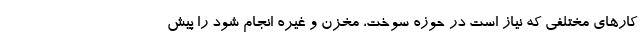
کارهای مختلفی که نیاز است در حوزه سوخت، مخزن و غیره انجام شود را پیش